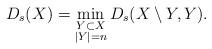
LaTeX: \begin{align*}D_s(X)=\min_{\substack{Y\subset X\\ |Y|=n}} D_s(X\setminus Y, Y).\end{align*}